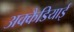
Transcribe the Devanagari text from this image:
अक्कैडियाई